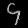
Digit: ၄